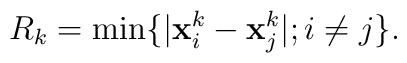
R_k=\min \{|{\bf x}_i^k-{\bf x}_j^k|; i\neq j\}.